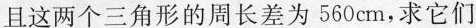
且这两个三角形的周长差为560cm，求它们